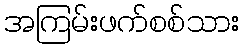
အကြမ်းဖက်စစ်သား